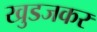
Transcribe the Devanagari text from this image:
खुडजकर